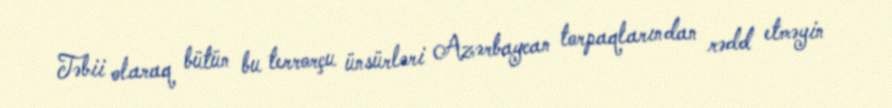
Təbii olaraq bütün bu terrorçu ünsürləri Azərbaycan torpaqlarından rədd etməyin